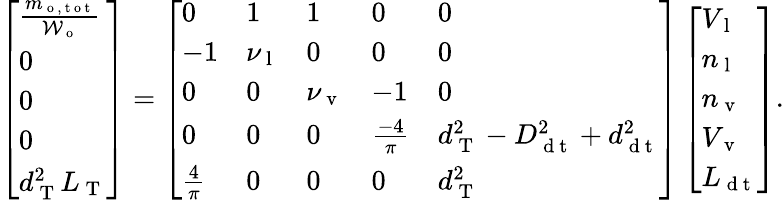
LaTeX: \left[\begin{array}{l}{\frac{m_{\mathrm{~o~,~t~o~t~}}}{\mathcal{W}_{\mathrm{~o~}}}}\\ {0}\\ {0}\\ {0}\\ {d_{\mathrm{~T~}}^{2}L_{\mathrm{~T~}}}\end{array}\right]=\left[\begin{array}{lllll}{0}&{1}&{1}&{0}&{0}\\ {-1}&{\nu_{\mathrm{~l~}}}&{0}&{0}&{0}\\ {0}&{0}&{\nu_{\mathrm{~v~}}}&{-1}&{0}\\ {0}&{0}&{0}&{\frac{-4}{\pi}}&{d_{\mathrm{~T~}}^{2}-D_{\mathrm{~d~t~}}^{2}+d_{\mathrm{~d~t~}}^{2}}\\ {\frac{4}{\pi}}&{0}&{0}&{0}&{d_{\mathrm{~T~}}^{2}}\end{array}\right]\left[\begin{array}{l}{V_{\mathrm{~l~}}}\\ {n_{\mathrm{~l~}}}\\ {n_{\mathrm{~v~}}}\\ {V_{\mathrm{~v~}}}\\ {L_{\mathrm{~d~t~}}}\end{array}\right].